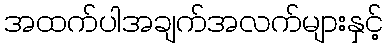
အထက်ပါအချက်အလက်များနှင့်